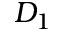
D _ { 1 }